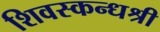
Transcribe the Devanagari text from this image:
शिवस्कन्धश्री